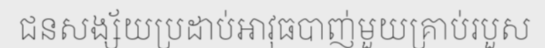
ជនសង្ស័យប្រដាប់អាវុធបាញ់មួយគ្រាប់របួស